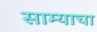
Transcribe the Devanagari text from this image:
साम्याचा